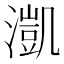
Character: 𣾚